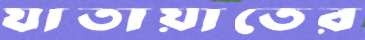
যাতায়াতের